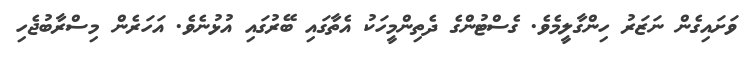
ވަށައިގެން ނަޒަރު ހިންގާލީމެވެ. ގެސްޓުންގެ ދެތިންމީހަކު އެތާގައި ބޭރުގައި އުޅުނެވެ. އަހަރެން މިސްރާބުޖެހި